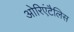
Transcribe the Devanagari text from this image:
ओरिएंटैलिस